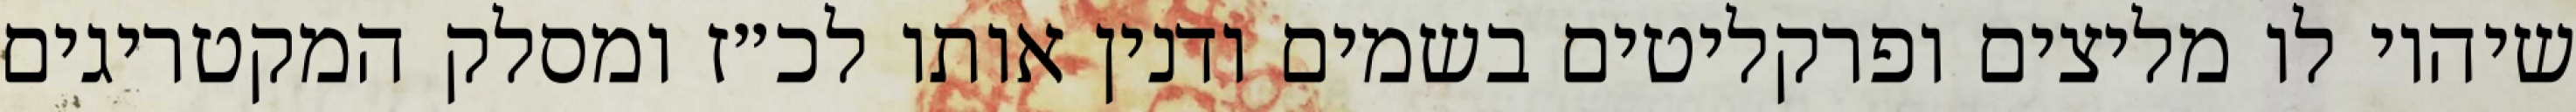
שיהיו לו מליצים ופרקליטים בשמים ודנין אותו לכ״ז ומסלק המקטריגים